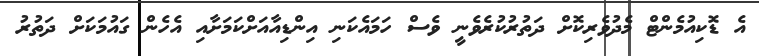
އެ ޑޮކިއުމެންޓް މެދުވެރިކޮށް ދަތުރުކުރެވެނީ ވެސް ހަމައެކަނި އިންޑިއާއަށްކަމަށާއި އެހެން ގައުމަކަށް ދަތުރު